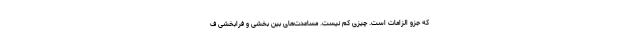
که جزو الزامات است. چیزی کم نیست. مساعدت‌های بین بخشی و فرابخشی ف